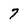
Character: 7